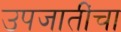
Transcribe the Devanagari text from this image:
उपजातींचा